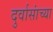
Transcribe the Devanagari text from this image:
दुर्वासांच्या